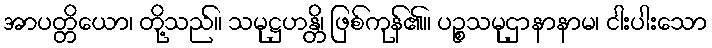
အာပတ္တိယော၊ တို့သည်။ သမုဋ္ဌဟန္တိ၊ ဖြစ်ကုန်၏။ ပဉ္စသမုဌာနာနာမ၊ ငါးပါးသော